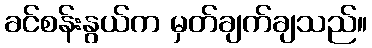
ခင်စန်းနွယ်က မှတ်ချက်ချသည်။